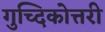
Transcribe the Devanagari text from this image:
गुच्दिकोत्तरी